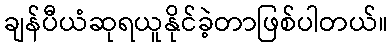
ချန်ပီယံဆုရယူနိုင်ခဲ့တာဖြစ်ပါတယ်။